Report of the Indian Hemp Drugs Commission, 1894-1895 - Volume VI
Year: 1894
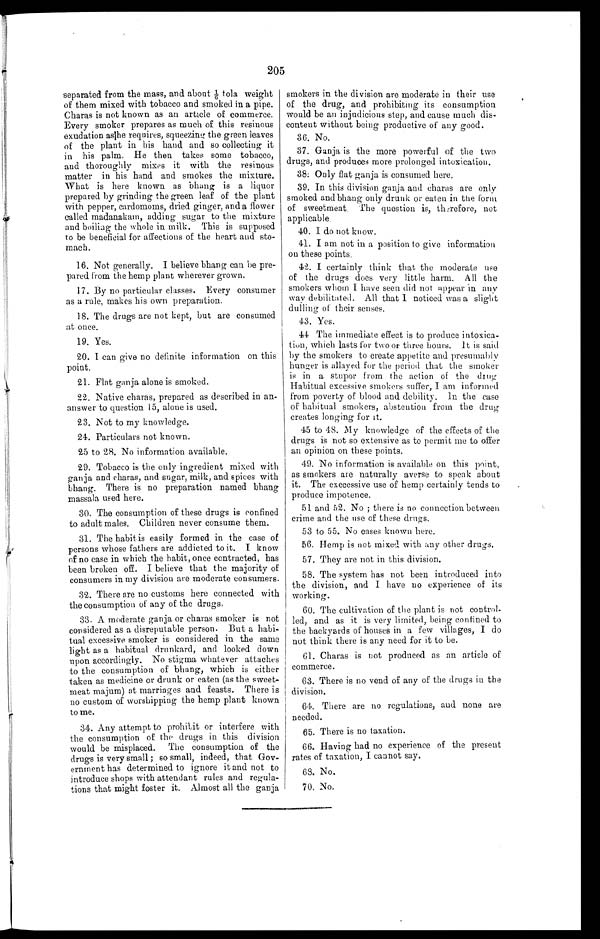
205
separated from the mass, and about 1/6 tola weight
of them mixed with tobacco and smoked in a pipe.
Charas is not known as an article of commerce.
Every smoker prepares as much of this resinous
exudation as he requires, squeezing the green leaves
of the plant in his hand and so collecting it
in his palm. He then takes some tobacco,
and thoroughly mixes it with the resinous
matter in his hand and smokes the mixture.
What is here known as bhang is a liquor
prepared by grinding the green leaf of the plant
with pepper, cardomoms, dried ginger, and a flower
called madanakam, adding sugar to the mixture
and boiling the whole in milk. This is supposed
to be beneficial for affections of the heart and sto--
mach.
16. Not generally. I believe bhang can be pre-
pared from the hemp plant wherever grown.
17. By no particular classes. Every consumer
as a rule, makes his own preparation.
18. The drugs are not kept, but are consumed
at once.
19. Yes.
20. I can give no definite information on this
point.
21. Flat ganja alone is smoked.
22. Native charas, prepared as described in an-
answer to question 15, alone is used.
23. Not to my knowledge.
24.
Particulars not known.
25.
to 28. No information available.
29. Tobacco is the only ingredient mixed with
ganja and charas, and sugar, milk, and spices with
bhang. There is no preparation named bhang
massala used here.
30. The consumption of these drugs is confined
to adult males. Children never consume them.
31. The habit is easily formed in the case of
persons whose fathers are addicted to it. I know
of no case in which the habit, once contracted, has
been broken off. I believe that the majority of
consumers in my division are moderate consumers.
32. There are no customs here connected with
the consumption of any of the drugs.
33. A moderate ganja or charas smoker is not
considered as a disreputable person. But a habi--
tual excessive smoker is considered in the same
light as a habitual drunkard, and looked down
upon accordingly. No stigma whatever attaches
to the consumption of bhang, which is either
taken as medicine or drunk or eaten (as the sweet--
meat majum) at marriages and feasts. There is
no custom of worshipping the hemp plant known
to me.
34. Any attempt to prohibit or interfere with
the consumption of the drugs in this division
would be misplaced. The consumption of the
drugs is very small; so small, indeed, that Gov--
ernment has determined to ignore it and not to
introduce shops with attendant rules and regula--
tions that might foster it. Almost all the ganja
smokers in the division are moderate in their use
of the drug, and prohibiting its consumption
would be an injudicious step, and cause much dis--
content without being productive of any good.
36. No.
37.
Ganja is the more powerful of the two
drugs, and produces more prolonged intoxication.
38.
Only flat ganja is consumed here.
39. In this division ganja and charas are only
smoked and bhang only drunk or eaten in the form
of sweetmeat . The question is, therefore, not
applicable.
40. I do not know.
41. I am not in a position to give information
on these points.
42. I certainly think that the moderate use
of the drugs does very little harm. All the
smokers whom I have seen did not appear in any
way debilitated. All that I noticed was a slight
dulling of their senses.
43. Yes.
44.
The immediate effect is to produce intoxica-
tion, which lasts for two or three hours. It is said
b y t h e s mo k e r s t o c r e a t e a p p e t i t e a n d p r e s u ma b l y
hunger is allayed for the period that the smoker
is in a stupor from the action
o f t h e d r u g
Habitual excessive smokers suffer, I am informed
from poverty of blood and debility. In the case
of habitual smokers, abstention from the drug
creates longing for it.
45 to 48. My knowledge of the effects of the
drugs is not so extensive as to permit me to offer
an opinion on these points.
49. No information is available on this point,
as smokers are naturally averse to speak about
it. The execessive use of hemp certainly tends to
produce impotence.
51 and 52. No ; there is no connection between
crime and the use of these drugs.
53 to 55. No cases known here.
56. Hemp is not mixed with any other drugs.
57. They are not in this division.
58. The system has not been introduced into
the division, and I have no experience of its
working.
60. The cultivation of the plant is not control-
led, and as it is very limited, being confined to
the backyards of houses in a few villages, I do
not think there is any need for it to be.
61. Charas is not produced as an article of
commerce.
63. There is no vend of any of the drugs in the
division.
64. There are no regulations, and none are
needed.
65. There is no taxation.
66. Having had no experience of the present
rates of taxation, I cannot say.
68. No.
70. No.